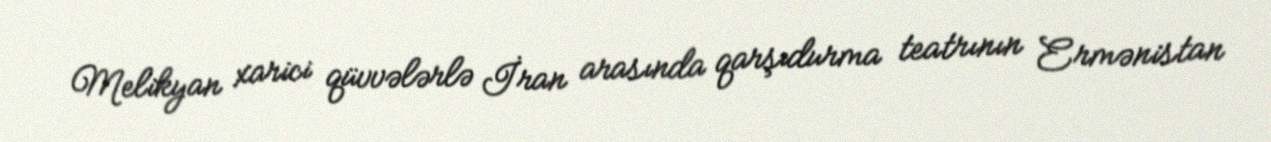
Melikyan xarici qüvvələrlə İran arasında qarşıdurma teatrının Ermənistan